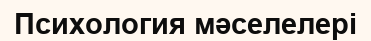
Психология мәселелері